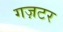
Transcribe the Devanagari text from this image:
गज़टर